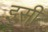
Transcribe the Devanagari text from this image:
इस्ी